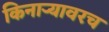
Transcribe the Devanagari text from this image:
किनाऱ्यावरच